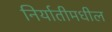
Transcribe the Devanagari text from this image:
निर्यातीमधील